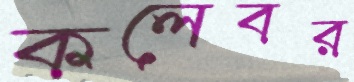
কলেবর